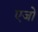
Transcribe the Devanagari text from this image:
एजो